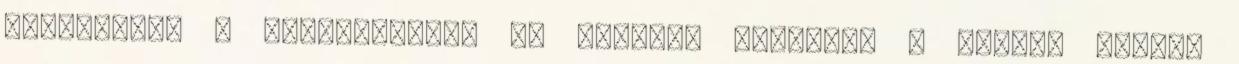
munkagépek a Városligetbe Ne hagyjuk kiirtani a fákat, védjük